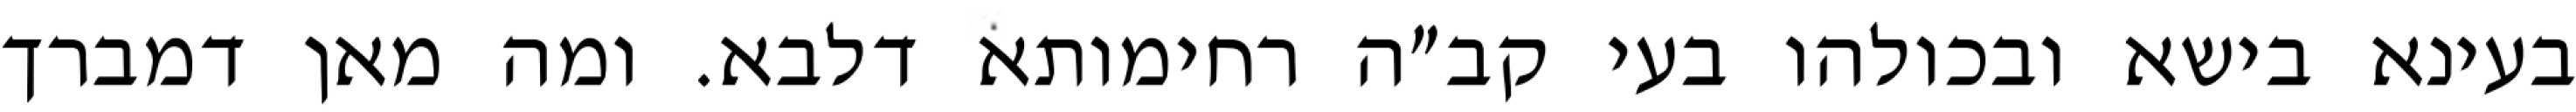
בעינא בישא ובכולהו בעי קב״ה רחימותא דלבא. ומה מאן דמברך